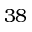
3 8